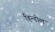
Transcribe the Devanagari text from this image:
हिन्डोल